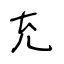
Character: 充